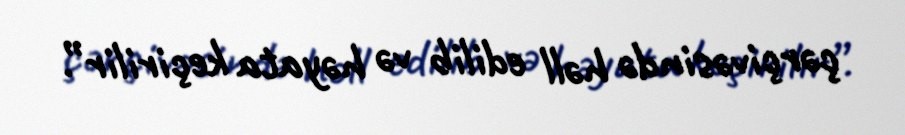
çərçivəsində həll edilib və həyata keçirilir”.